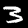
Digit: 3